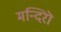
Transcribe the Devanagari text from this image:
मन्दिरॊ